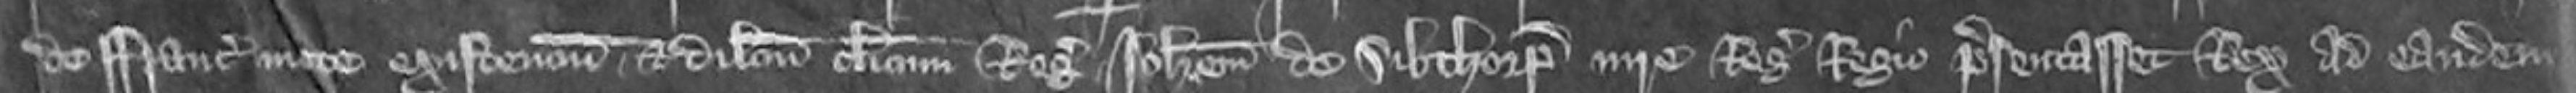
de Francie mote existencium et dilectum clericum Regis Johannem de Sibthorp iure Regis Regio presentasset Rex ad eandem